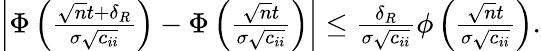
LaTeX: \begin{array}{r}{\left|\Phi\left(\frac{\sqrt{n}t+\delta_{R}}{\sigma\sqrt{c_{ii}}}\right)-\Phi\left(\frac{\sqrt{n}t}{\sigma\sqrt{c_{ii}}}\right)\right|\leq\frac{\delta_{R}}{\sigma\sqrt{c_{ii}}}\phi\left(\frac{\sqrt{n}t}{\sigma\sqrt{c_{ii}}}\right).}\end{array}